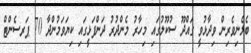
ބެލެނިވެރިން ވިދާޅުވީ ގައްދޫ ސުކޫލުގައި މިހާރު މެންދުރު ދަންފަޅީގައި ކިޔަވަމުންދާ 70 ޕަރސެންޓް